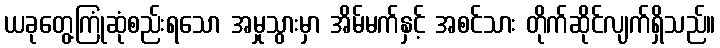
ယခုတွေ့ကြုံဆုံစည်းရသော အမှုသွားမှာ အိမ်မက်နှင့် အစင်သား တိုက်ဆိုင်လျက်ရှိသည်။